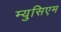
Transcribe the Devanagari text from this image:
म्युसिएम